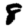
Digit: 8